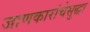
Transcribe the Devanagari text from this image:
जाणकारांचेसुद्धा